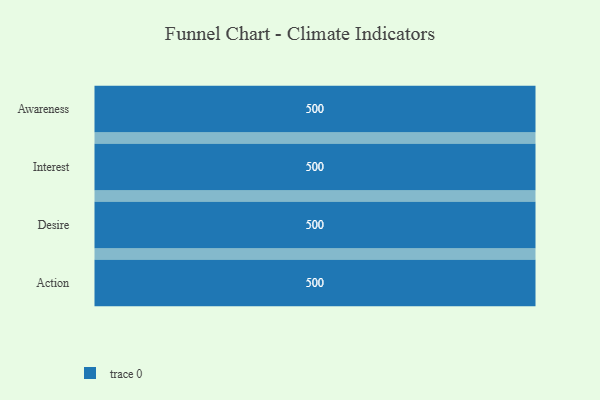
{"axis": {"x": "Stage", "y": "Value"}, "legend": [""], "data": [{"x": "Awareness", "y": 500, "type": ""}, {"x": "Interest", "y": 500, "type": ""}, {"x": "Desire", "y": 500, "type": ""}, {"x": "Action", "y": 500, "type": ""}]}